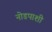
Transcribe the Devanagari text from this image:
नोडपाशी